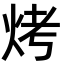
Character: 烤